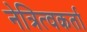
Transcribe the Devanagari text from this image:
नेत्रित्वकर्ता